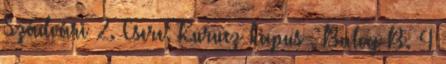
Szádvári 2. Csere: Kurucz kapus , Balog B. 4